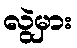
လွဲမှား